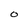
Character: O